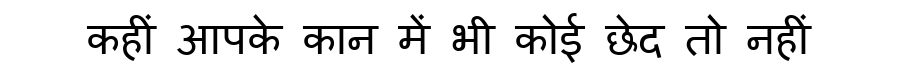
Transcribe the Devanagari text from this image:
कहीं आपके कान में भी कोई छेद तो नहीं